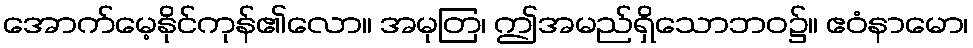
အောက်မေ့နိုင်ကုန်၏လော။ အမုတြ၊ ဤအမည်ရှိသောဘဝ၌။ ဧဝံနာမော၊